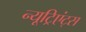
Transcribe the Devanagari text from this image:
न्यूट्रिएंट्स